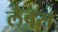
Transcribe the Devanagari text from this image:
लैबस